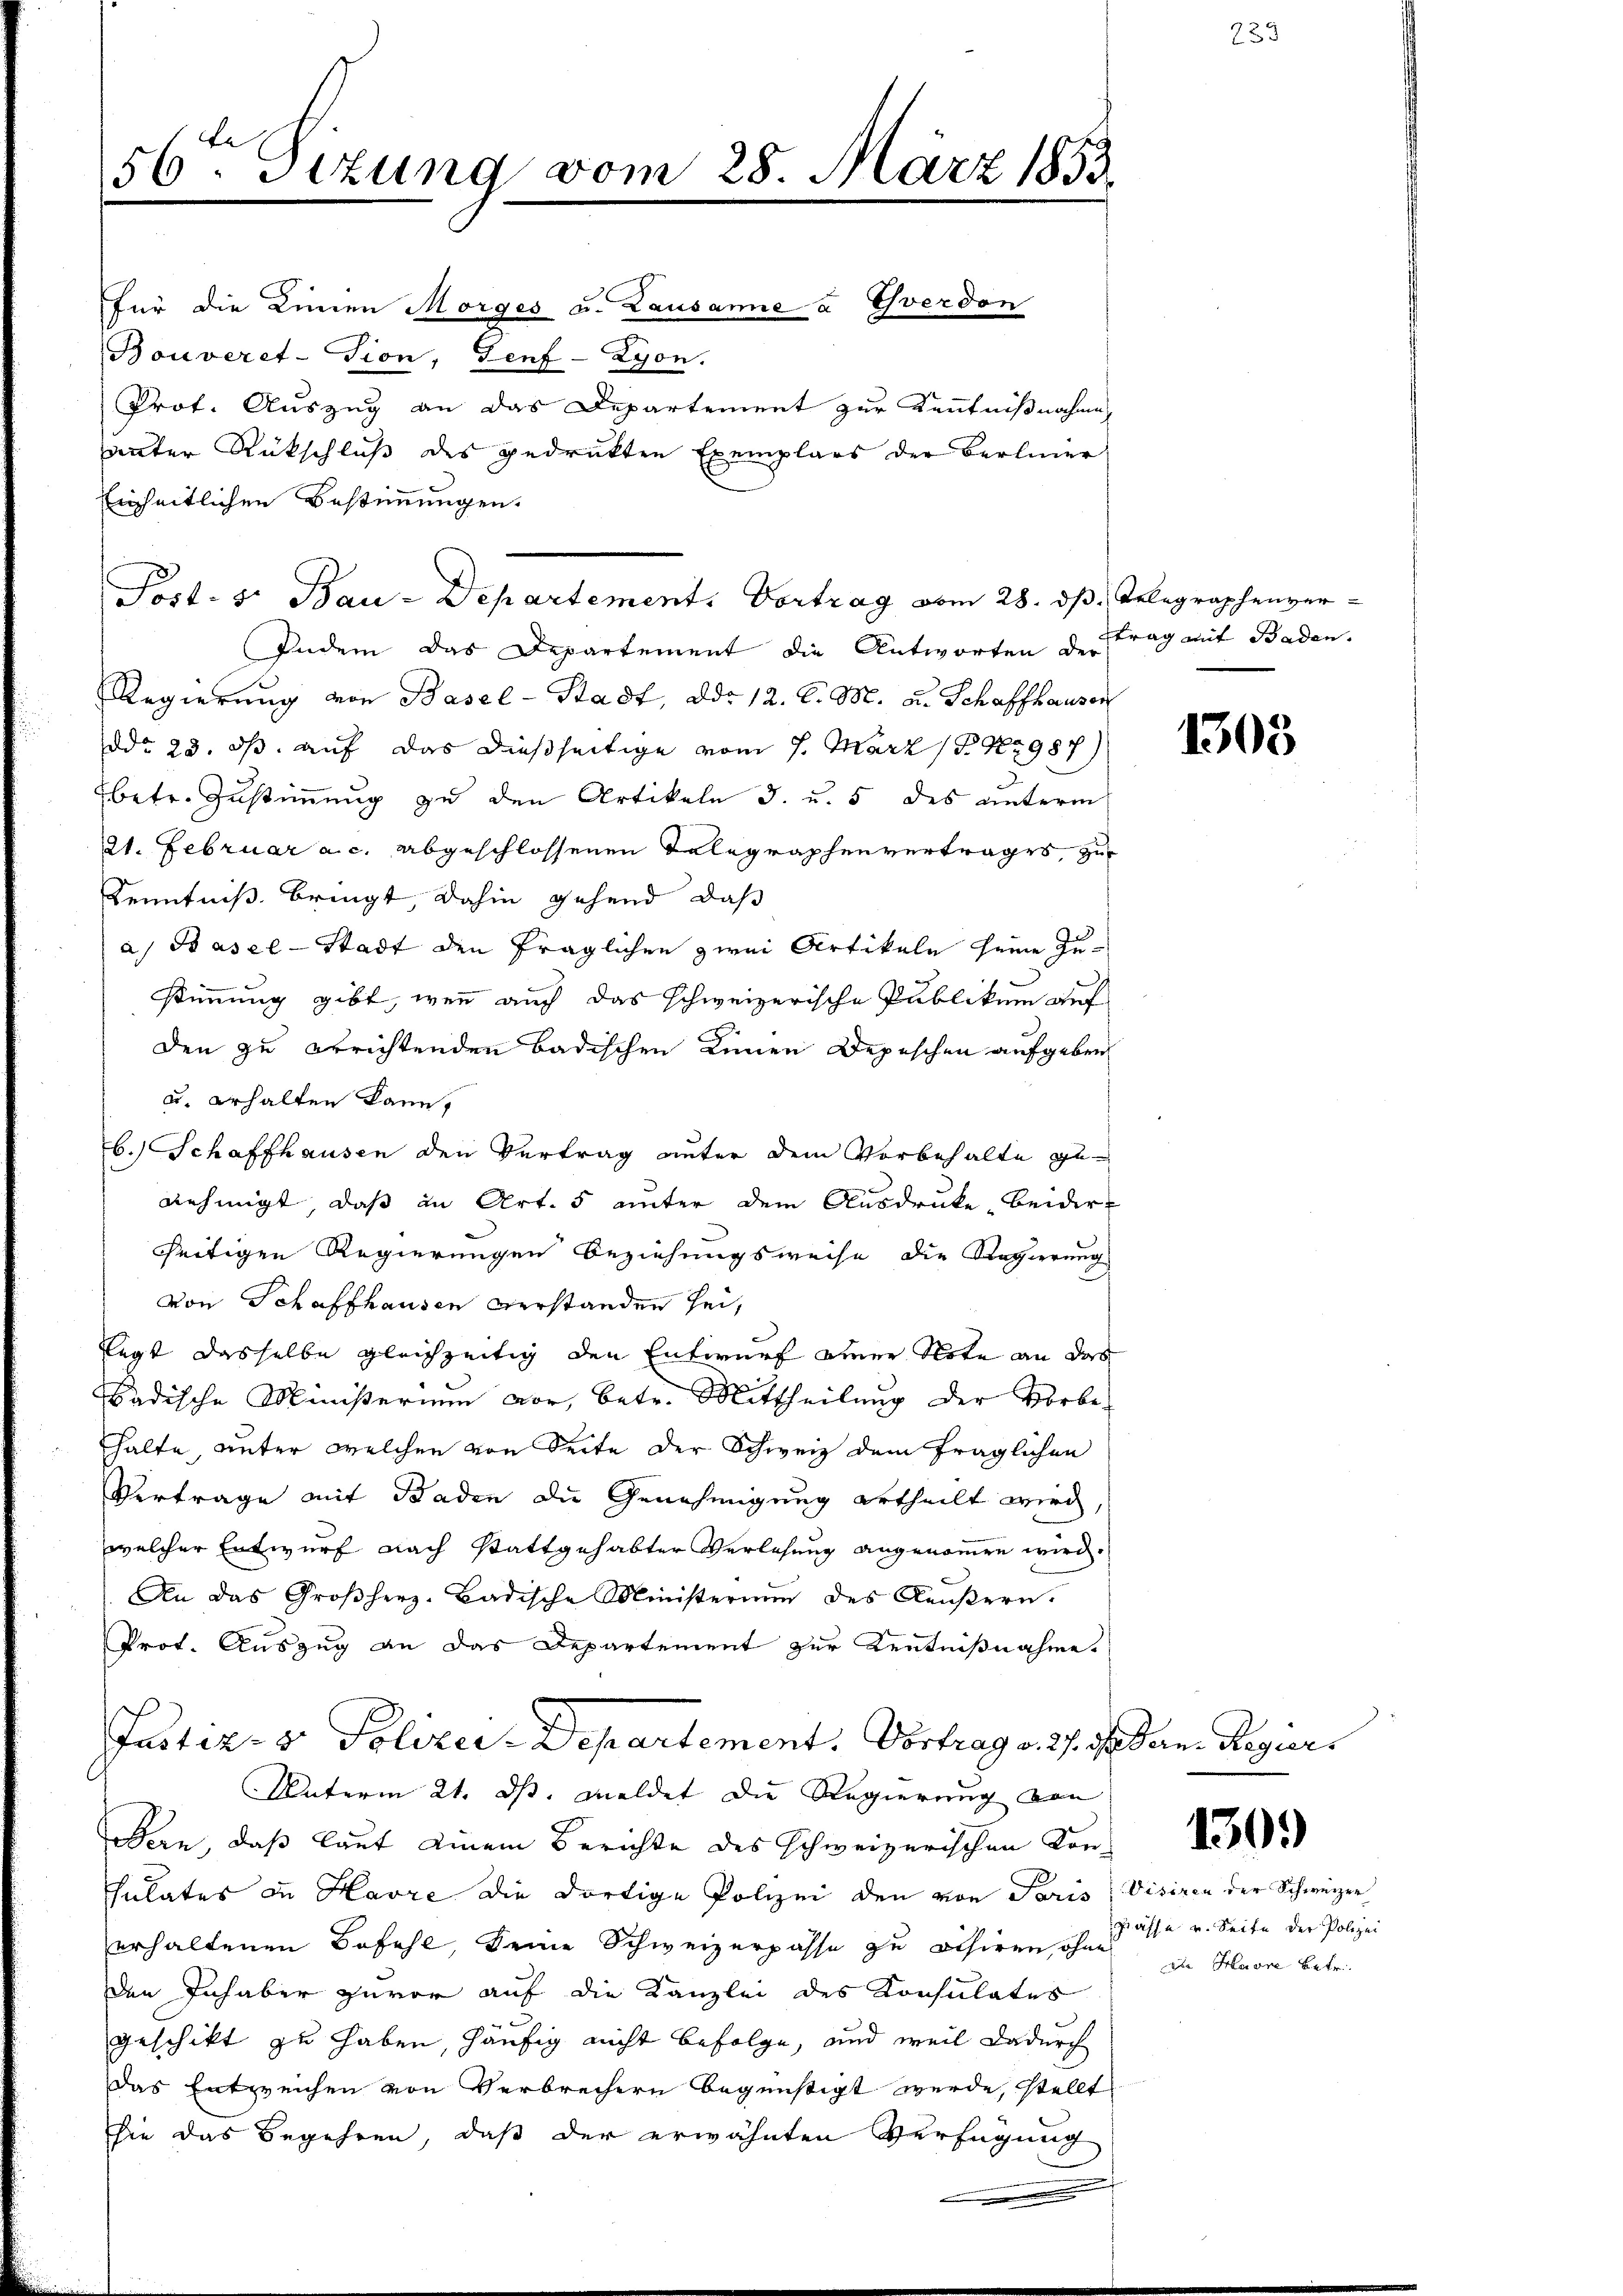
56ten Sizung vom 28. März 1853.

für die Linien Morges u. Lausanne à Yverdon
Bouveret-Tion, Genf-Zyon.
Prot. Auszug an das Departement zur Kenntnißnahmen
unter Rückschluß des gedruckten Exemplars der Berlinier
Einheitlichen Bestimmungen.
Indem das Departement die Antworten der
Regierung von Basel-Stadt, ddo 12. d. M. u. Schaffhausen
ddo 23. ds. auf das dießseitige vom 7. März 1897987)
betr. Zustimmung zu den Artikeln I. u. 5 des unterm
21. Februar a. c. abgeschlossenen Telegraphenvertrages, zu
Kenntniß bringt, dahin gehend, daß
a) Basel-Stadt den fraglichen zwei Artikeln seine Zustimmung gibt, wenn auch das schweizerische Publikum auf
den zu errichtenden badischen Linnen Depeschen aufgeben
u. erhalten kann,
b.) Schaffhausen den Vertrag unter dem Vorbehalte genehmigt, daß in Art. 5 unter dem Ausdrucke beiderseitigen Regierungen Beziehungsweise die Regierung
von Schaffhausen verstanden sei,
legt dasselbe gleichzeitig den Entwurf einer Note an das
adische Ministerium vor, betr. Mittheilung der Vorbehalte, unter welchen von Seite der Schweiz dem fraglichen
Vertrage mit Baden die Genehmigung ertheilt wird,
welcher Entwurf nach Stattgehabter Verlesung angenommen wird.
An das Großherz-Badische Ministerium des Aeußern.
Prot. Auszug an das Departement zur Kenntnißnahme
Justiz- & Polizei-Departement. Vortrag v. 27. d. Jan. Regiers
Unterm 21. ds. meldet die Regierung von
Bern, daß laut einem Berichte des schweizerischen Konsulates in Havre die dortige Polizei den von Paris, Visiren der Schweizer
erhaltenen Befehl, keine Schweizerpasse zu achiren, ohne
den Inhaber zuvor auf die Kanzlei des Konsulates
geschikt zu haben, häufig nicht befolge, und weil dadurch
Das Entzweichen von Verbrechern begünstigt werde, stellt
sie das Begehren, daß der erwähnten Verfügung
.

Post. S. Bau-Departement. Vortrag vom 28. dß. Telegraphenver¬

ttrag mit Baden.

1305

130.)

prasse u. Seite der Polizei
die Havre betr.